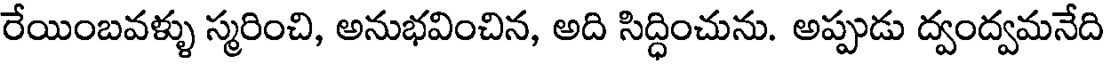
రేయింబవళ్ళు స్మరించి, అనుభవించిన, అది సిద్ధించును. అప్పుడు ద్వంద్వమనేది